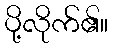
ပို့လိုက်၏။